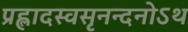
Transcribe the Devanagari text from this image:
प्रह्लादस्वसृनन्दनोऽथ